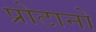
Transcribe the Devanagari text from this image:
प्रोटानो